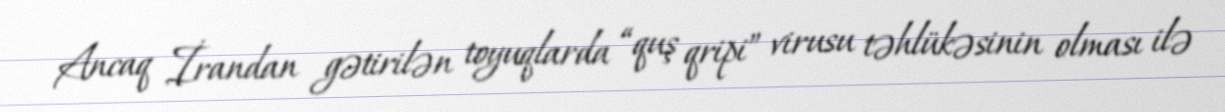
Ancaq İrandan gətirilən toyuqlarda “quş qripi” virusu təhlükəsinin olması ilə